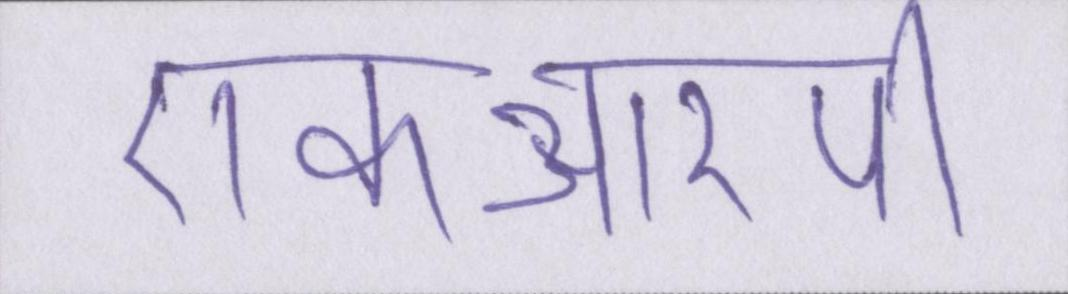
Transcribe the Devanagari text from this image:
एफआरपी